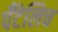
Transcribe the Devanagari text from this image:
पँटेलिच